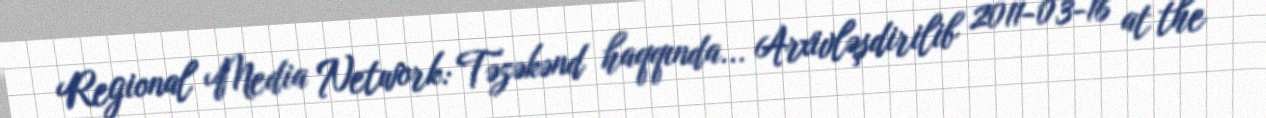
Regional Media Network: Təzəkənd haqqında... Arxivləşdirilib 2011-03-16 at the